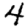
Digit: 4